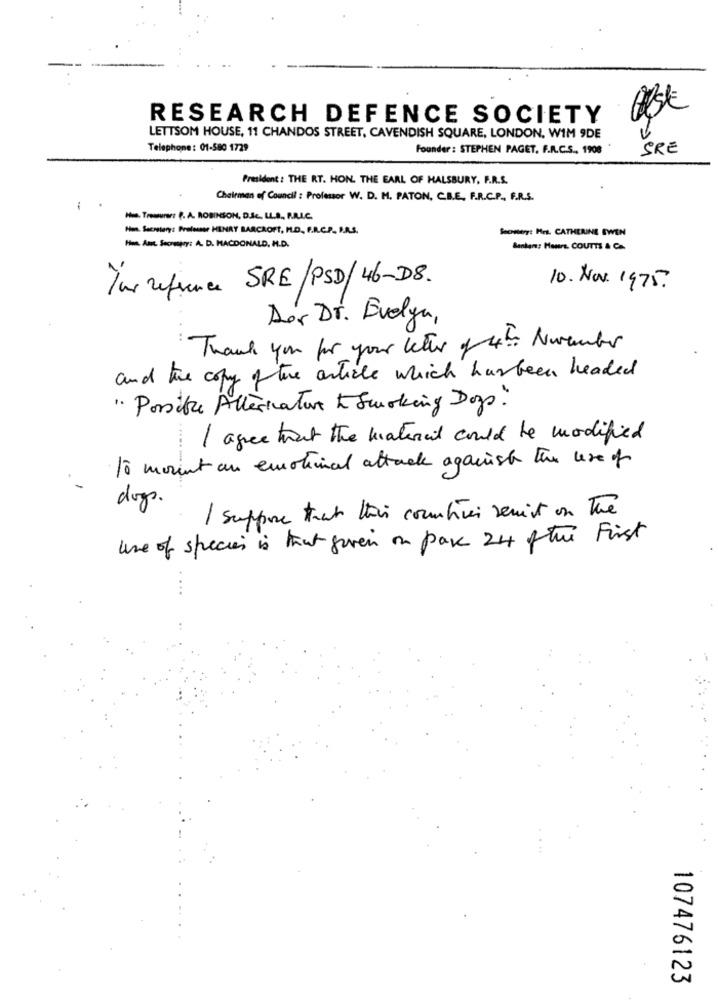
RESEARCH DEFENCE SOCIETY
LETTSOM HOUSE, 11 CHANDOS STREET, CAVENDISH SQUARE, LONDON, WIM 9DE
Telephone: 01-580 1729
Founder : STEPHEN PAGET. F.R.C.S ., 1908
SRE
President : THE RT. HON. THE EARL OF HALSBURY, F.R.S.
Chairman of Council : Professor W. D. M. PATON, C.B.E. F.R.C.P ., F.R.S.
-
Hus. Treasurer: P. A. ROBINSON, D.Sc. LL.S ., P.R.L.C.
Hon. Secretary: Professor HENRY BARCROFT, IL.D. F.R.C.P. P.A.S.
Secheery: Hrs. CATHERINE SWEN
Ho. Att. Secreepy: A. D. MACDONALD, M.D.
Bankers; Hours. COUTTS & C.
Yur reference SRE/PSD/46-DS.
10. Nov. 1975
Dor Dr. Evelyn,
Thank you for your leter of 4. November
and the copy of the article which has been headed
" Possible Alternatore & Smoking Dogs"
I agree that the material could be modified
To mount an emotional attack against the use of
dogs.
I suppose that this countries seuist on The
une of species is that given on pak 24 ftwe First
107476123